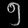
Digit: ၅